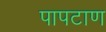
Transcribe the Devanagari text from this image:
पापटाण